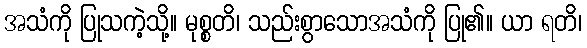
အသံကို ပြုသကဲ့သို့။ မုစ္စတိ၊ သည်းစွာသောအသံကို ပြု၏။ ယာ ရတိ၊